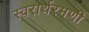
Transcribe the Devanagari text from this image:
स्वरार्थरमणी